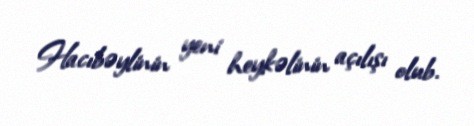
Hacıbəylinin yeni heykəlinin açılışı olub.